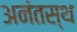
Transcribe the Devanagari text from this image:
अनंतस्थ